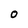
Character: 0